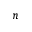
n